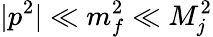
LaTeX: |p^{2}|\ll m_{f}^{2}\ll M_{j}^{2}